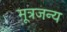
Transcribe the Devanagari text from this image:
मूत्रजन्य